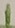
Text: 1